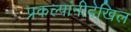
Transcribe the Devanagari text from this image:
प्रकल्पांनीदेखिल